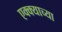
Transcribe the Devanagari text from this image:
एक्क्याच्या